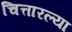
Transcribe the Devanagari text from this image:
चित्तारल्या